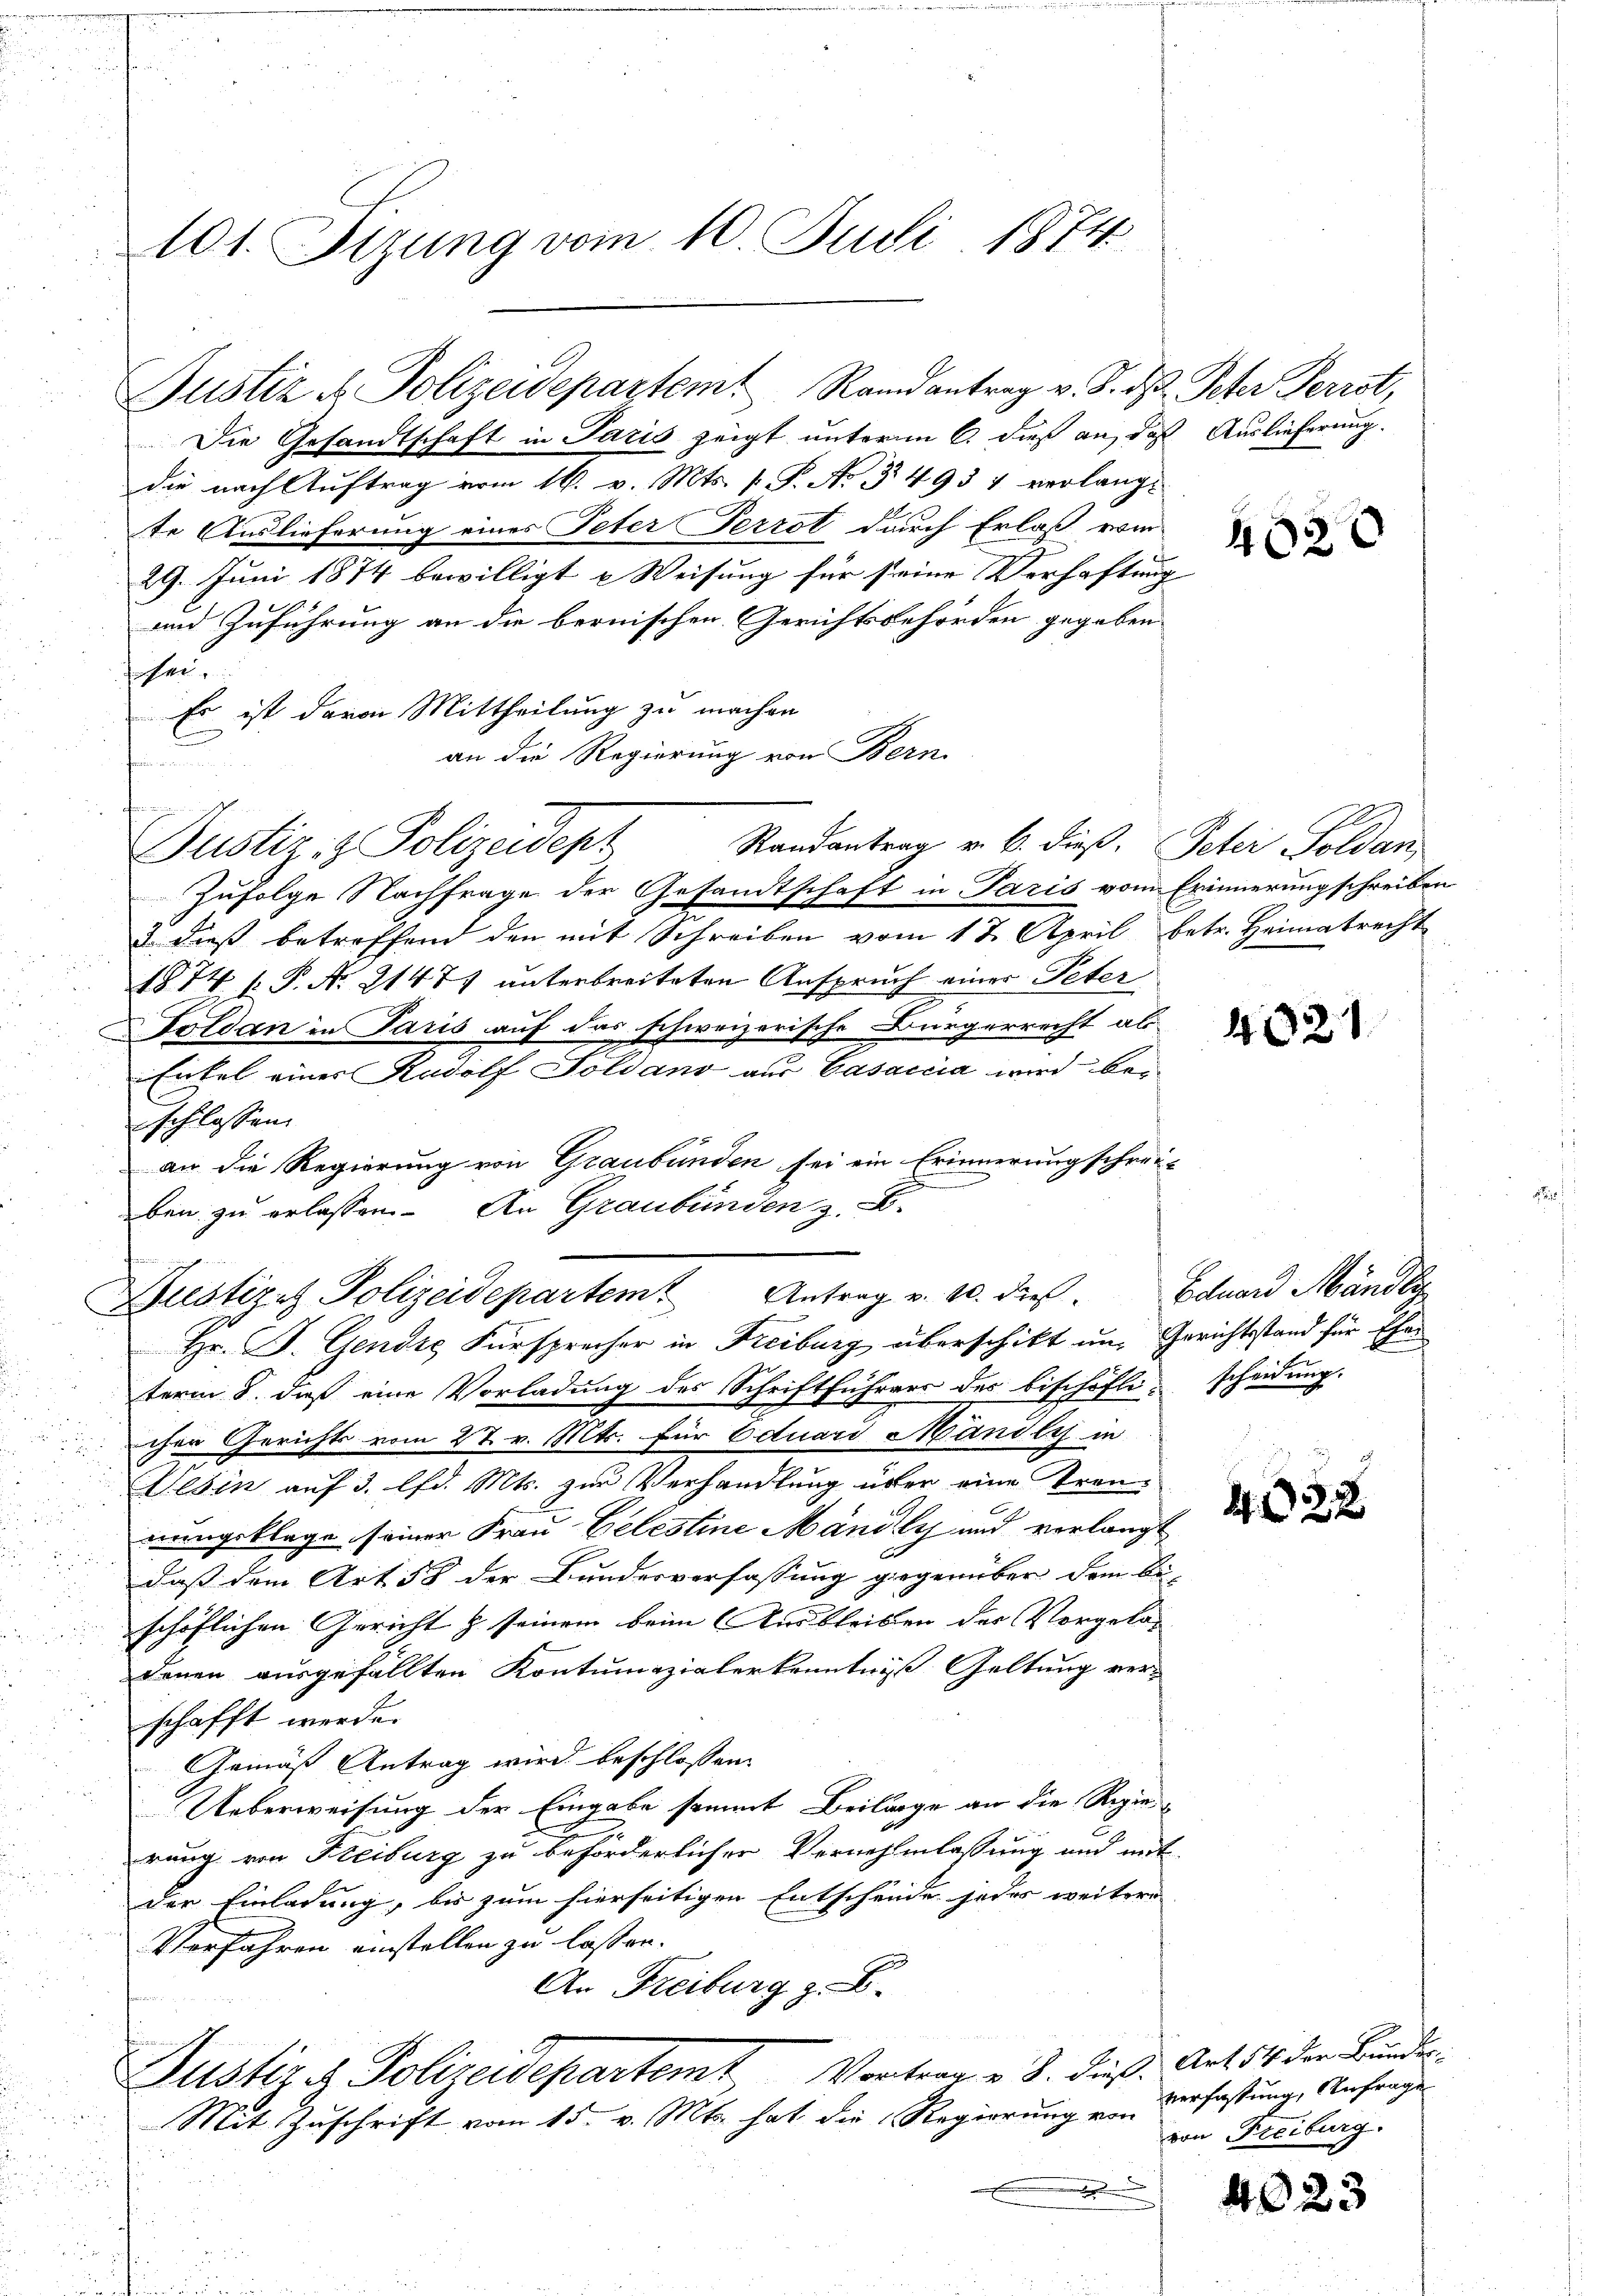
101. Sizung vom 10. Juli 1874.

Die Gesandtschaft in Paris zeigt unterm 6. dieß an, daß Auslieferung.
die nach Auftrag vom 16. v. Mts. s. S. No. 3493 4 verlang-
te Auslieferung eines Peter Terrat durch Erlaß vom
29. Juni 1874 bewilligt u Weisung für seine Verhaftung
und Zuführung an die bernischen Gerichtsbehörden gegeben
hei
Es ist davon Mittheilung zu machen
an die Regierung von Bern.
c
t
Justiz & Polizeidept
Zufolge Nachfrage der Gesandtschaft in Paris vom Erinnerungschreiben
2. daß betreffend den mit Schreiben vom 17. April betr. Heimatrecht
1874 f. P. Nr. 21471 unterbreiteten Anspruch einer Peter
Foldan in Paris auf das schweizerische Bürgerrecht als
Entel einer Rudolf Goldans aus Casaccia wird be-
schlossen.
an die Regierung von Graubünden sei ein Erinnerung schrei-
ben zu erlassen. An Graubünden z. B.
Dustizit Polizeidepartem Antrag v. 20. dies Eduard Mändli
Hr. P. Gendie Fürsprecher in Freiburg überschikt und Gerichtsstand für Ehen
term 8. daß eine Vorladung des Schriftführers des bischöfli scheidung.
chen Gerichts vom 27. v. Mts. für Eduard Mandlys in
Gesin auf 3. lfd. Mts. zur Verhandlung über eine Trennungeklage seiner Frau Gelestine Mändli und verlangt
daß dem Art 58 der Bundesverfassung gegenüber dem Au-
schöflichen Gericht & seinem beim Ausbleiben der Vorgeladenen ausgefällten Kontumazialerkenntniß Geltung verschafft werde.
Gemäß Antrag wird beschlossen
Ueberweisung der Eingabe sammt Beilage an die Regie
rung von Freiburg zu beförderlicher Vernehmlassung und mit
der Einladung, bis zum hierseitigen Entschende jedes weitere
Verfahren einstellen zu lassen.
An Freiburg z. B.
önn
Justiz & Polizeidepartemt, Vortrag v. 8. dieß. Art 14 der Bunde
Mit Zuschrift vom 15. v. Mts. hat die Regierung von Verfassung, Anfrage
x

Justiz u. Polizeidepartem Randantrag v. J. ds. Peter Perrot,

Randantrag v. 6. dieß. Peter Soldan

402

4021

432.

von Freiburg.

40.

23